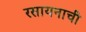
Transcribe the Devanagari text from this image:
रसायनाची